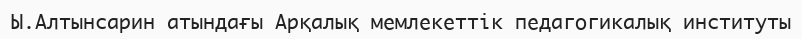
Ы.Алтынсарин атындағы Арқалық мемлекеттік педагогикалық институты